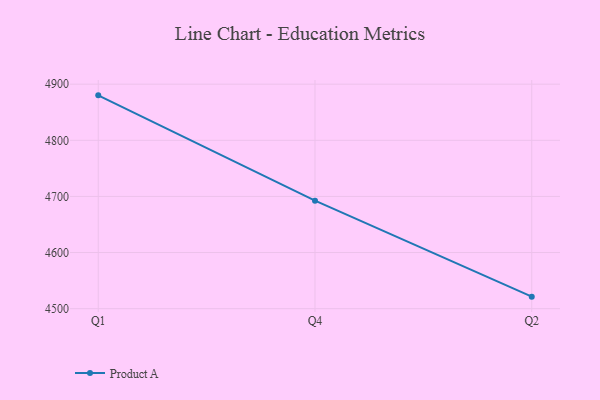
{"axis": {"x": "Quarter", "y": "Latency (ms)"}, "legend": ["Product A"], "data": [{"x": "Q1", "y": 4880.1, "type": "Product A"}, {"x": "Q4", "y": 4692.4, "type": "Product A"}, {"x": "Q2", "y": 4521.4, "type": "Product A"}]}